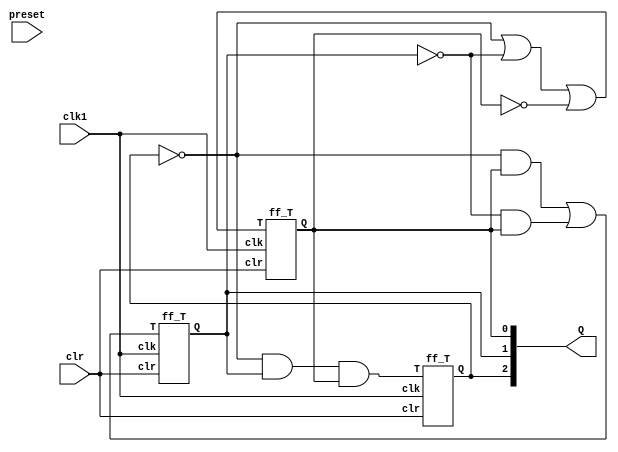
module contador_crescente(
 input clk1,
 input clr,
 input preset,
 output [2:0] Q
);

wire [2:0] T;
wire [1:0] W; 


// frequencia (t, clk, clr, clk1, frequencia_display, frequencia_col);

// EXPRESSO DE T2
and and0 (T[2], !Q[2], Q[1], Q[0]);

// EXPRESSO DE T1
and and1 (W[0], !Q[2], Q[0]);
and and2 (W[1], !Q[1], Q[0]);
or or0 (T[1], W[0], W[1]);

// EXPRESSO DE T0
or or1 (T[0], !Q[2], !Q[1],!Q[0]);


// INSTNCIAS DOS FLIP-FLOPS T
ff_T ff_T2 (.clk(clk1), .clr(clr), .T(T[2]), .Q(Q[2]));
ff_T ff_T1 (.clk(clk1), .clr(clr), .T(T[1]), .Q(Q[1]));
ff_T ff_T0 (.clk(clk1), .clr(clr), .T(T[0]), .Q(Q[0]));




endmodule



module ff_T(
 input clk,
 input clr,
 input T,
 input prst, 
 output reg Q
);


always @(posedge clk or posedge clr or posedge prst) begin
 if (prst) begin
 Q <= 1;
end else if (clr) begin
  Q <= 0;
 end else if (T) begin
  Q <= !Q;
 end
end
	

endmodule